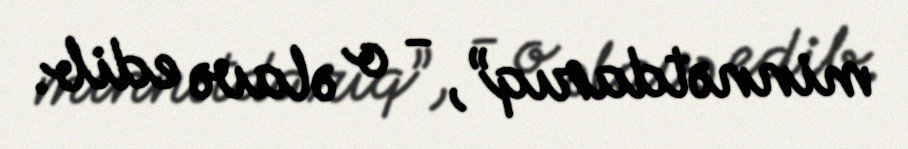
minnətdarıq”, - o əlavə edib.